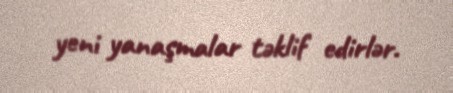
yeni yanaşmalar təklif edirlər.